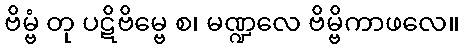
ဗိမ္ဗံ တု ပဋိဗိမ္ဗေ စ၊ မဏ္ဍလေ ဗိမ္ဗိကာဖလေ။